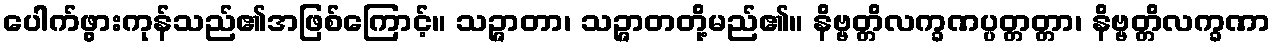
ပေါက်ဖွားကုန်သည်၏အဖြစ်ကြောင့်။ သဉ္ဇာတာ၊ သဉ္ဇာတတို့မည်၏။ နိဗ္ဗတ္တိလက္ခဏပ္ပတ္တတ္တာ၊ နိဗ္ဗတ္တိလက္ခဏာ